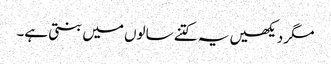
مگر دیکھیں یہ کتنے سالوں میں بنتی ہے۔